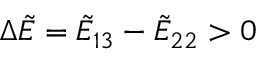
\Delta \tilde { E } = \tilde { E } _ { 1 3 } - \tilde { E } _ { 2 2 } > 0